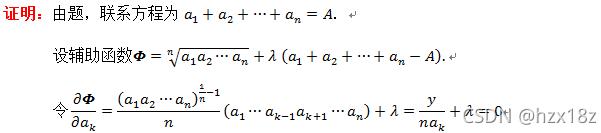
证明：由题，联系方程为 \(a_1 + a_2 + \cdots + a_n = A\)。

设辅助函数 \(\varPhi = \sqrt[n]{a_1a_2\cdots a_n} + \lambda (a_1 + a_2 + \cdots + a_n - A)\)。

令 \(\frac{\partial \varPhi}{\partial a_k} = \frac{(a_1a_2\cdots a_n)^{\frac{1}{n} - 1}}{n}(a_1\cdots a_{k - 1}a_{k + 1}\cdots a_n) + \lambda = \frac{y}{na_k} + \lambda\)。